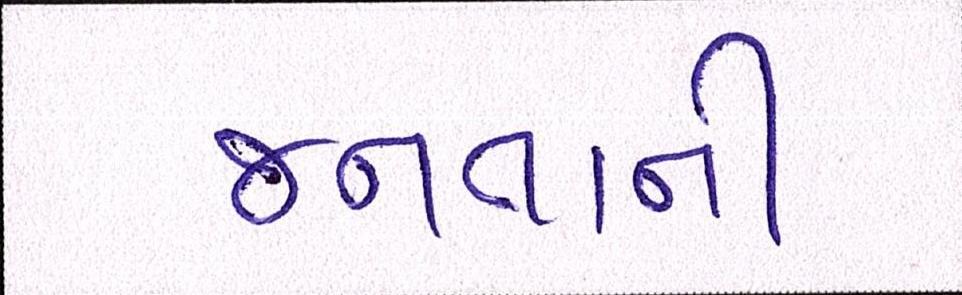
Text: જનતાની